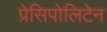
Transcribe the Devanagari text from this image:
प्रेसिपोलिटेन